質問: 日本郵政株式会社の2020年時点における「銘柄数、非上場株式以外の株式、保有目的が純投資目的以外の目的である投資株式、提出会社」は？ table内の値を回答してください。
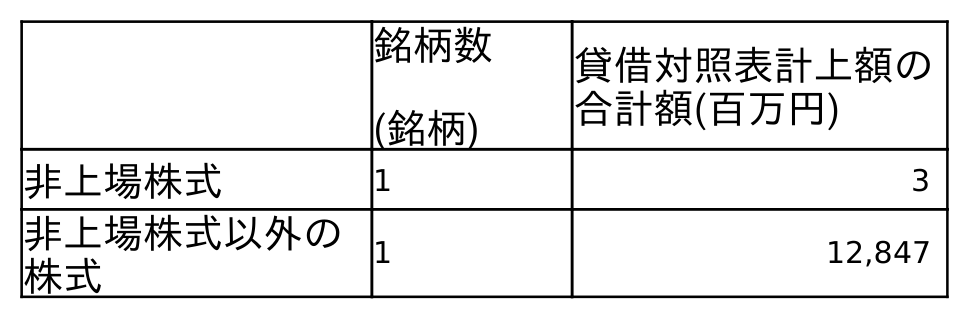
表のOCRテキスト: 銘柄数 (銘柄) 貸借対照表計上額の 合計額(百万円) 非上場株式 1 3 非上場株式以外の 株式 1 12,847
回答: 1